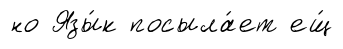
но Язы́к посыла́ет ещ́